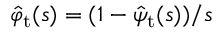
\hat { \varphi } _ { \mathrm { t } } ( s ) = ( 1 - \hat { \psi } _ { \mathrm { t } } ( s ) ) / s